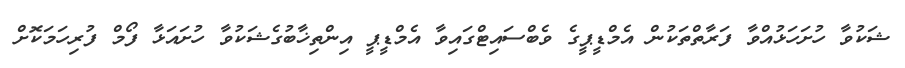
ޝަކުވާ ހުށަހަޅުއްވާ ފަރާތްތަކުން އެމްޑީޕީގެ ވެބްސައިޓްގައިވާ އެމްޑީޕީ އިންތިޚާބުގެޝަކުވާ ހުށައަޅާ ފޯމް ފުރިހަމަކޮށް